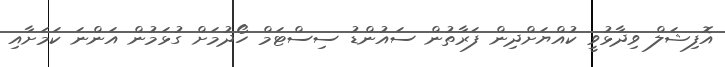
އޮފިޝަލް ވިދާޅުވީ ކުއްޔަށްދިން ފަރާތުން ސައުންޑު ސިސްޓަމް ހޯދުމަށް ގުޅަމުން އަންނަ ކަމަށާއި